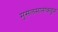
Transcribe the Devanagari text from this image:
मुसलमानांकडून